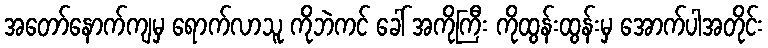
အတော်နောက်ကျမှ ရောက်လာသူ ကိုဘဲကင် ခေါ် အကိုကြီး ကိုထွန်းထွန်းမှ အောက်ပါအတိုင်း